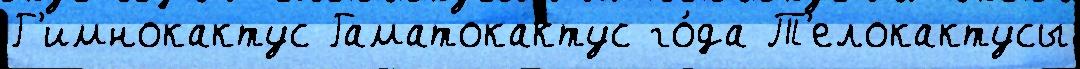
Г'имнокактус Гаматокактус го́да Т'елокактусы